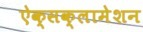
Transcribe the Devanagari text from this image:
ऐक्सक्लामेशन